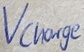
Text: Vcharge